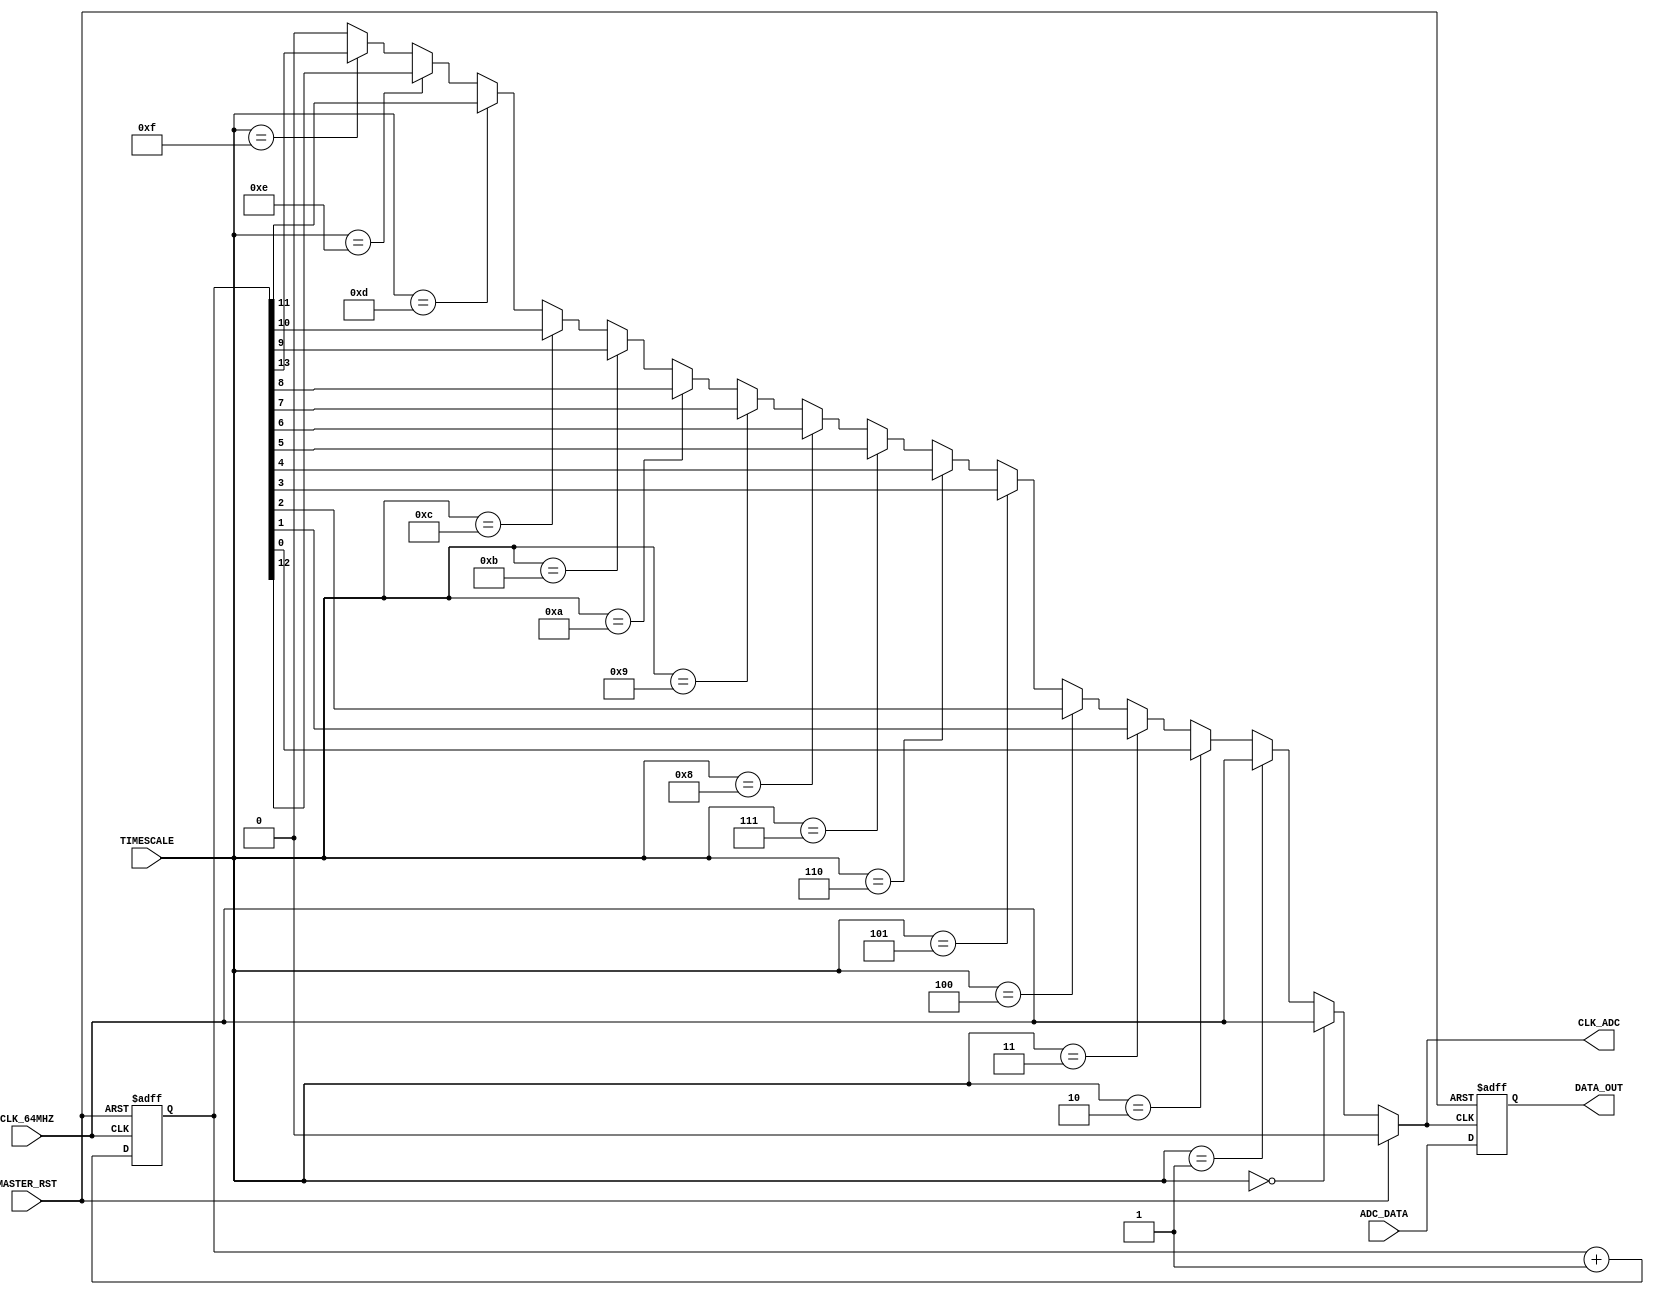
module Driver_ADC(
    CLK_64MHZ, MASTER_RST,
    TIMESCALE,
    CLK_ADC, ADC_DATA,
    DATA_OUT
    );

//==================================================================//
// DEFINITIONS                                                      //
//==================================================================//
parameter US1       = 4'd0;
parameter US2       = 4'd1;
parameter US4       = 4'd2;
parameter US8       = 4'd3;
parameter US16      = 4'd4;
parameter US32      = 4'd5;
parameter US64      = 4'd6;
parameter US128     = 4'd7;
parameter US512     = 4'd8;
parameter US1024    = 4'd9;
parameter US2048    = 4'd10;
parameter US4096    = 4'd11;
parameter US8192    = 4'd12;
parameter US16384   = 4'd13;
parameter US32768   = 4'd14;
parameter US65536   = 4'd15;
parameter US131072  = 4'd16;
parameter US262144  = 4'd17;
parameter US524288  = 4'd18;
parameter US1048576 = 4'd19;
parameter US2097152 = 4'd20;
parameter US4194304 = 4'd21;
parameter US8388608 = 4'd22;


//==================================================================//
// VARIABLE DEFINITIONS                                             //
//==================================================================//

//----------------------//
// INPUTS / OUTPUTS     //
//----------------------//
input       CLK_64MHZ;          // Global System Clock
input       MASTER_RST;         // Global Asyncronous Reset
input[3:0]  TIMESCALE;          // The selected V/Div
input[8:0]  ADC_DATA;           // Data recieved from ADC
output      CLK_ADC;            // Clock out to the ADC
output[8:0] DATA_OUT;           // Data output (essentially buffered from ADC by one clk)

//----------------------//
// WIRES / NODES        //
//----------------------//
wire CLK_64MHZ, MASTER_RST;
wire[3:0] TIMESCALE;
wire[8:0] ADC_DATA;
reg  CLK_ADC;
reg [8:0] DATA_OUT;

//----------------------//
// VARIABLES            //
//----------------------//
reg[15:0] Counter_CLK;
wire CLK_32MHZ, CLK_16MHZ, CLK_8MHZ, CLK_4MHZ, CLK_2MHZ, CLK_1MHZ, CLK_500KHZ, CLK_250KHZ, CLK_125KHZ,
     CLK_62KHZ, CLK_31KHZ, CLK_16KHZ, CLK_8KHZ, CLK_4KHZ, CLK_2KHZ, CLK_1KHZ;




//==================================================================//
// FUNCTIONAL DEFINITIONS                                           //
//==================================================================//

always @ (posedge CLK_ADC or posedge MASTER_RST) begin
    if(MASTER_RST)  DATA_OUT <= 9'b0;
    else            DATA_OUT <= ADC_DATA;
end
/*
assign CLK_ADC = CLK_62KHZ;
*/

//------------------------------------------------------------------//
// CLOCK GENERATION AND SELECTION                                   //
//------------------------------------------------------------------//

always @ (posedge CLK_64MHZ or posedge MASTER_RST) begin
    if(MASTER_RST == 1'b1) begin
        Counter_CLK <= 16'b0;
    end else begin
        Counter_CLK <= Counter_CLK + 1;
    end
end


assign CLK_32MHZ    = Counter_CLK[0];
assign CLK_16MHZ    = Counter_CLK[1];
assign CLK_8MHZ     = Counter_CLK[2];
assign CLK_4MHZ     = Counter_CLK[3];
assign CLK_2MHZ     = Counter_CLK[4];
assign CLK_1MHZ     = Counter_CLK[5];
assign CLK_500KHZ   = Counter_CLK[6];
assign CLK_250KHZ   = Counter_CLK[7];
assign CLK_125KHZ   = Counter_CLK[8];
assign CLK_62KHZ    = Counter_CLK[9];
assign CLK_31KHZ    = Counter_CLK[10];
assign CLK_16KHZ    = Counter_CLK[11];
assign CLK_8KHZ     = Counter_CLK[12];
assign CLK_4KHZ     = Counter_CLK[13];
assign CLK_2KHZ     = Counter_CLK[14];
assign CLK_1KHZ     = Counter_CLK[15];
//assign CLK_500HZ    = Counter_CLK[16];

always @ (TIMESCALE or MASTER_RST or CLK_64MHZ or CLK_32MHZ or CLK_16MHZ or
            CLK_8MHZ or CLK_4MHZ or CLK_2MHZ or CLK_1MHZ or CLK_500KHZ or CLK_250KHZ or
            CLK_125KHZ or CLK_62KHZ or CLK_31KHZ or CLK_16KHZ or CLK_8KHZ or CLK_4KHZ or
            CLK_2KHZ or CLK_1KHZ) begin
    if(MASTER_RST == 1'b1) begin
        CLK_ADC = 1'b0;
    end else if(TIMESCALE == 4'd0) begin    // 1us/Div, 1samp/pxl
        CLK_ADC = CLK_64MHZ;
    end else if(TIMESCALE == 4'd1) begin    // 2us/Div, 2samp/pxl
        CLK_ADC = CLK_64MHZ;
    end else if(TIMESCALE == 4'd2) begin    // 4us/Div, 2samp/pxl
        CLK_ADC = CLK_32MHZ;
    end else if(TIMESCALE == 4'd3) begin    // 8us/Div, 2samp/pxl
        CLK_ADC = CLK_16MHZ;
    end else if(TIMESCALE == 4'd4) begin    // 16us/Div, 2samp/pxl
        CLK_ADC = CLK_8MHZ;
    end else if(TIMESCALE == 4'd5) begin    // 32us/Div, 2samp/pxl
        CLK_ADC = CLK_4MHZ;
    end else if(TIMESCALE == 4'd6) begin    // 64us/Div, 2samp/pxl
        CLK_ADC = CLK_2MHZ;
    end else if(TIMESCALE == 4'd7) begin    // 128us/Div, 2samp/pxl
        CLK_ADC = CLK_1MHZ;
    end else if(TIMESCALE == 4'd8) begin    // 256us/Div, 2samp/pxl
        CLK_ADC = CLK_500KHZ;
    end else if(TIMESCALE == 4'd9) begin    // 512us/Div, 2samp/pxl
        CLK_ADC = CLK_250KHZ;
    end else if(TIMESCALE == 4'd10) begin   //      ...
        CLK_ADC = CLK_125KHZ;
    end else if(TIMESCALE == 4'd11) begin
        CLK_ADC = CLK_62KHZ;
    end else if(TIMESCALE == 4'd12) begin
        CLK_ADC = CLK_31KHZ;
    end else if(TIMESCALE == 4'd13) begin
        CLK_ADC = CLK_16KHZ;
    end else if(TIMESCALE == 4'd14) begin
        CLK_ADC = CLK_8KHZ;
    end else if(TIMESCALE == 4'd15) begin
        CLK_ADC = CLK_4KHZ;
/*
    end else if(TIMESCALE == 4'd16) begin
        CLK_ADC = CLK_2KHZ;
    end else if(TIMESCALE == 4'd17) begin
        CLK_ADC = CLK_1KHZ;
//    end else if(TIMESCALE == 4'd18) begin
//        CLK_ADC = CLK_500HZ;
    end else if(TIMESCALE == 4'd19) begin
        CLK_ADC = CLK_US524288;
    end else if(TIMESCALE == 4'd20) begin
        CLK_ADC = CLK_US1048576;
    end else if(TIMESCALE == 4'd21) begin
        CLK_ADC = CLK_US2097152;
    end else if(TIMESCALE == 4'd22) begin
        CLK_ADC = CLK_US4194304;
    end else if(TIMESCALE == 4'd23) begin
        CLK_ADC = CLK_US8388608;
*/
    end else begin
        CLK_ADC = 1'b0;
    end
end
  /*  
//------------------------------------------------------------------//
// ADC DATA READING                                                 //
//------------------------------------------------------------------//
always @ (negedge CLK_ADC or posedge MASTER_RST) begin
    if(MASTER_RST == 1'b1) begin
        DATA_OUT <= 8'b0;
    end else begin
        DATA_OUT <= ADC_DATA;
    end
end

//assign DATA_OUT = ADC_DATA;
*/
endmodule